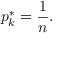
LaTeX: p _ { k } ^ { * } = { \frac { 1 } { n } } .